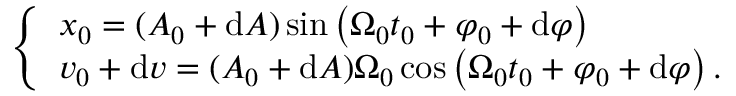
\left\{ \begin{array} { l } { x _ { 0 } = ( A _ { 0 } + \mathrm { d } A ) \sin \left( \Omega _ { 0 } t _ { 0 } + \varphi _ { 0 } + \mathrm { d } \varphi \right) } \\ { v _ { 0 } + \mathrm { d } v = ( A _ { 0 } + \mathrm { d } A ) \Omega _ { 0 } \cos \left( \Omega _ { 0 } t _ { 0 } + \varphi _ { 0 } + \mathrm { d } \varphi \right) \mathrm { . } } \end{array} \right.